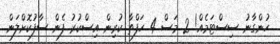
ހުންގާނު ސިސްޓަމެއް! 2 މަސް 4 ހަފްތާ ކުރިން އިސްކުރު ފެން ސާފުކޮށްލަން